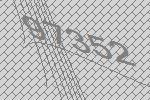
97352